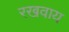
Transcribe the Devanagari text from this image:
रखवाय